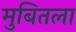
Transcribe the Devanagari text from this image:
मुबितला